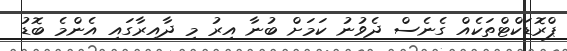
ޕްރޮޑަކްޓްތަކެއް ގެނެސް ދެވުނު ކަމަށް ބުނާ އިރު މި ދާއިރާގައި އެންމެ ބޮޑު